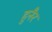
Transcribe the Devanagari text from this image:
हुनैर